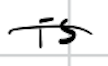
Text: is
Cross-out: single-line
Writing tool: digital_black